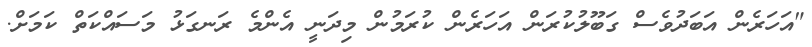
"އަހަރެން އަބަދުވެސް ގަބޫލުކުރަން އަހަރެން ކުރަމުން މިދަނީ އެންމެ ރަނގަޅު މަސައްކަތް ކަމަށް.